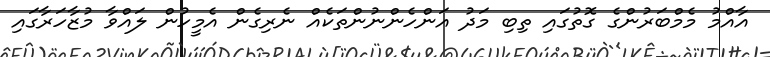
އާއްމު މެމްބަރުންގެ ގޮތުގައި ތިބި މަދު އަންހެންނުންތަކެއް ނެރިގެން އެމީހުން ލައްވާ މުޒާހަރާގައި